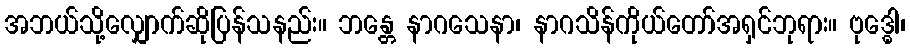
အဘယ်သို့လျှောက်ဆိုပြန်သနည်း။ ဘန္တေ နာဂသေနာ၊ နာဂသိန်ကိုယ်တော်အရှင်ဘုရား။ ဗုဒ္ဓေါ၊